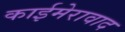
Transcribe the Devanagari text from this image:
काईमेरावाद